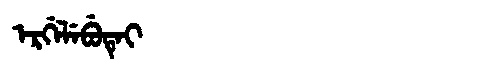
Manchu: ᡝᡵᡤᡝᠯᡝᠪᡠᡨᡝᡳ
Romanization: ERGELEBUTEI